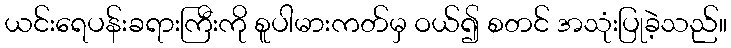
ယင်းရေပန်းခရားကြီးကို စူပါမားကတ်မှ ဝယ်၍ စတင် အသုံးပြုခဲ့သည်။